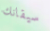
سيقانك